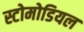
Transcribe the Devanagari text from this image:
स्टोमोडियल